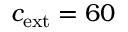
c _ { \mathrm { e x t } } = 6 0